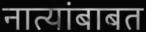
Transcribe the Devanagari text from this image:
नात्यांबाबत